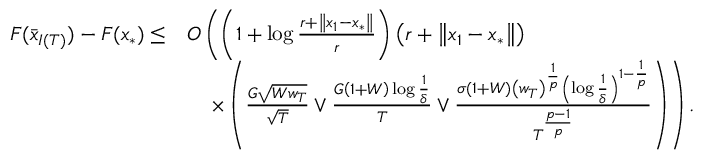
\begin{array} { r l } { F ( \bar { x } _ { I ( T ) } ) - F ( x _ { * } ) \leq } & { O \left( \left( 1 + \log \frac { r + \left\Vert x _ { 1 } - x _ { * } \right\Vert } { r } \right) \left( r + \left\Vert x _ { 1 } - x _ { * } \right\Vert \right) \right. } \\ & { \quad \left. \times \left( \frac { G \sqrt { W w _ { T } } } { \sqrt { T } } \lor \frac { G \left( 1 + W \right) \log \frac { 1 } { \delta } } { T } \lor \frac { \sigma \left( 1 + W \right) \left( w _ { T } \right) ^ { \frac { 1 } { p } } \left( \log \frac { 1 } { \delta } \right) ^ { 1 - \frac { 1 } { p } } } { T ^ { \frac { p - 1 } { p } } } \right) \right) . } \end{array}